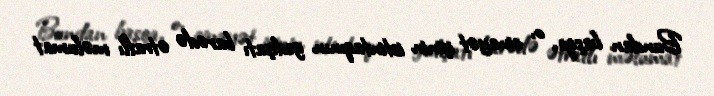
Bundan başqa, o, cinayət işinin istintaqının gedişatı barədə ətraflı məlumat